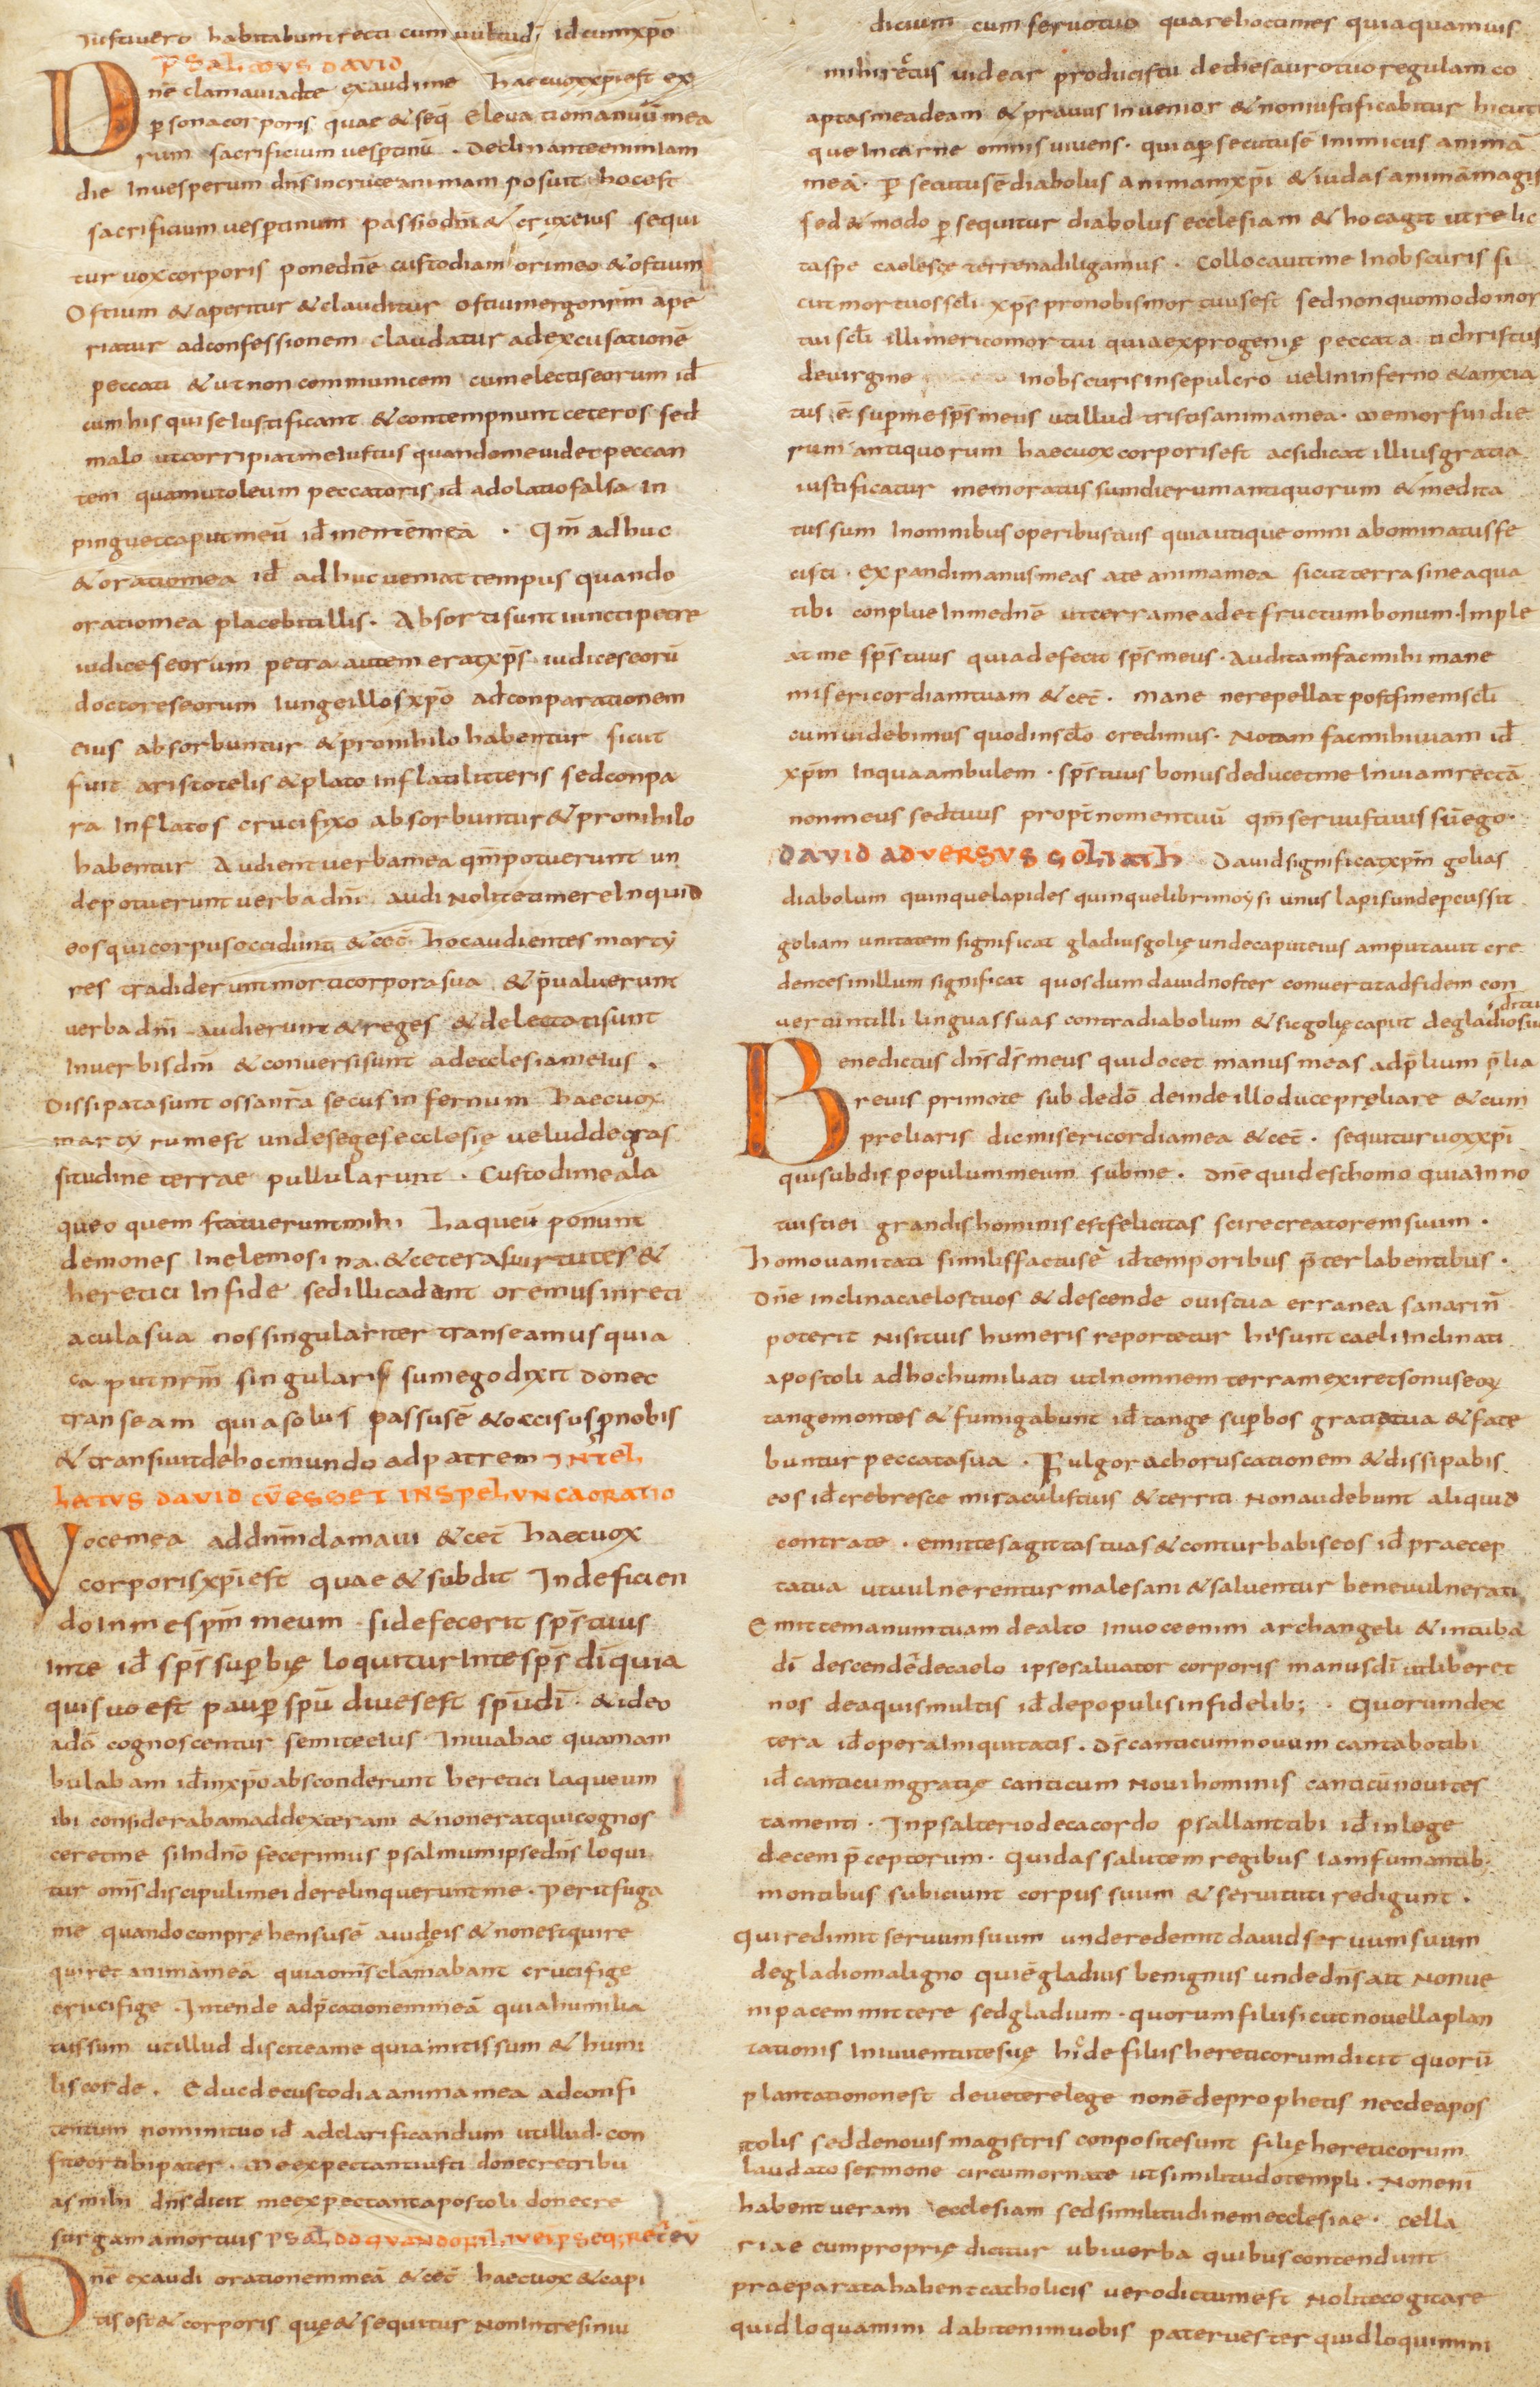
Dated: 800–824